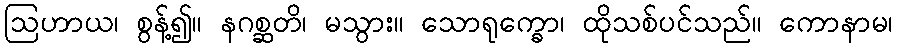
ဩဟာယ၊ စွန့်၍။ နဂစ္ဆတိ၊ မသွား။ သောရုက္ခော၊ ထိုသစ်ပင်သည်။ ကောနာမ၊